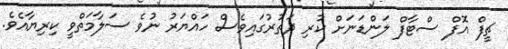
ޗީފް އޮފް ސްޓާފް ލަންޑަނަށް ކުރި ދަތުރުގައިވެސް ހައްޔަރު ނުވެ ސަލާމަތްވީ ކިރިޔާއެވެ.